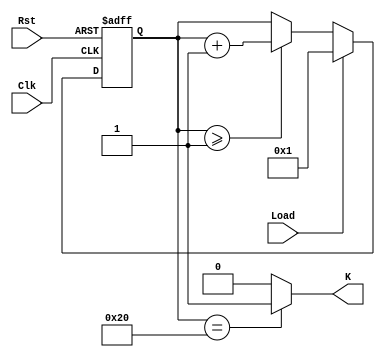
module Counter(Load, Clk, Rst, K);

	input Load, Clk, Rst;
	output K;

	reg[5:0] n;

	assign K = (n == 32) ? 1'b1: 1'b0;

	always @(posedge Clk, posedge Rst) begin
		if(Rst)
			n <= 0;
		else 
			if(Load == 1)
			begin
				n <= 1;
			end
			else if (n >= 1)
			begin
				n <= n + 1;
			end
	end

endmodule